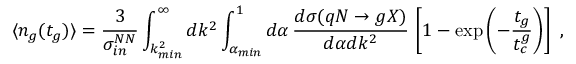
\langle n _ { g } ( t _ { g } ) \rangle = \frac { 3 } { \sigma _ { i n } ^ { N N } } \int _ { k _ { m i n } ^ { 2 } } ^ { \infty } d k ^ { 2 } \int _ { \alpha _ { m i n } } ^ { 1 } d \alpha \, \frac { d \sigma ( q N \rightarrow g X ) } { d \alpha d k ^ { 2 } } \, \left[ 1 - \exp \left( - \frac { t _ { g } } { t _ { c } ^ { g } } \right) \right] \, \, ,